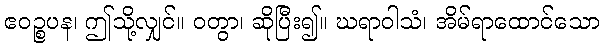
ဧဝဉ္စပန၊ ဤသို့လျှင်။ ဝတွာ၊ ဆိုပြီး၍။ ဃရာဝါသံ၊ အိမ်ရာထောင်သော